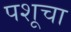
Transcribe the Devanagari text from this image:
पशूचा